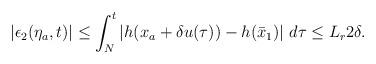
LaTeX: \begin{align*}\begin{aligned}|\epsilon_2(\eta_a,t)| \le \int_N^t \left|h(x_a+\delta u(\tau))-h(\bar{x}_1)\right| \,d\tau \le L_r 2\delta.\end{aligned}\end{align*}